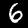
Digit: 6